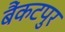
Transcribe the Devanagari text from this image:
बैंकटपुर